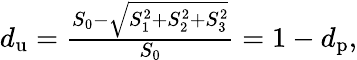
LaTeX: \begin{array}{r}{d_{\mathrm{u}}=\frac{S_{0}-\sqrt{S_{1}^{2}+S_{2}^{2}+S_{3}^{2}}}{S_{0}}=1-d_{\mathrm{p}},}\end{array}